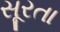
સૂરતા